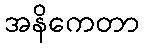
အနိကေတာ